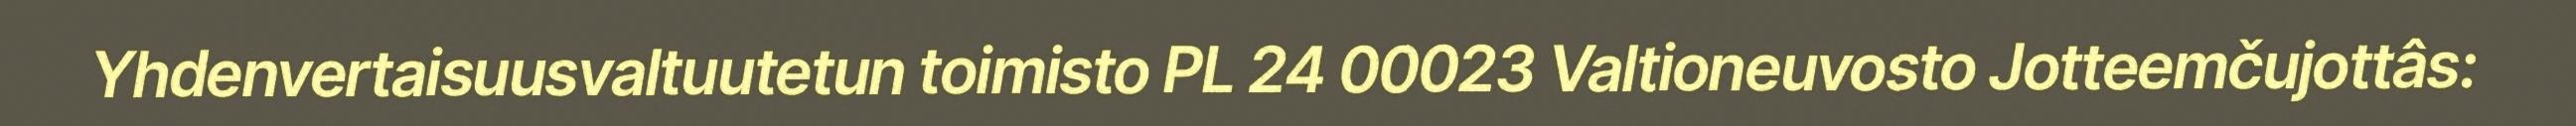
Yhdenvertaisuusvaltuutetun toimisto PL 24 00023 Valtioneuvosto Jotteemčujottâs: